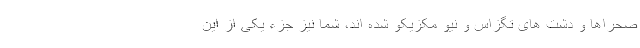
صحراها و دشت های تگزاس و نیو مکزیکو شده اند، شما نیز جزء یکی از این